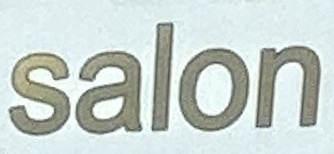
salon